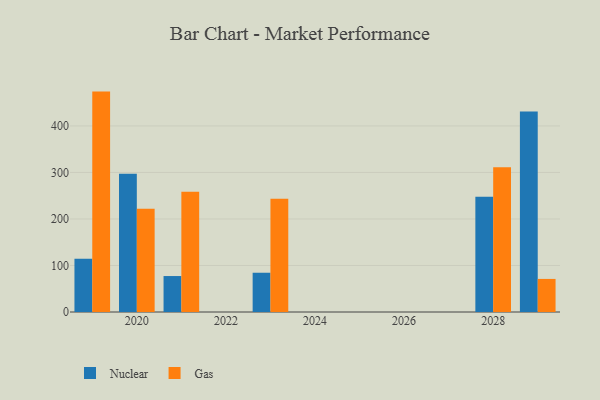
{"axis": {"x": "Year", "y": "Operating Costs (USD K)"}, "legend": ["Gas", "Nuclear"], "data": [{"x": "2028", "y": 247.7, "type": "Nuclear"}, {"x": "2028", "y": 311.1, "type": "Gas"}, {"x": "2019", "y": 114.4, "type": "Nuclear"}, {"x": "2019", "y": 473.8, "type": "Gas"}, {"x": "2021", "y": 77.3, "type": "Nuclear"}, {"x": "2021", "y": 258.4, "type": "Gas"}, {"x": "2020", "y": 297.0, "type": "Nuclear"}, {"x": "2020", "y": 221.7, "type": "Gas"}, {"x": "2023", "y": 84.4, "type": "Nuclear"}, {"x": "2023", "y": 243.4, "type": "Gas"}, {"x": "2029", "y": 430.9, "type": "Nuclear"}, {"x": "2029", "y": 71.1, "type": "Gas"}]}